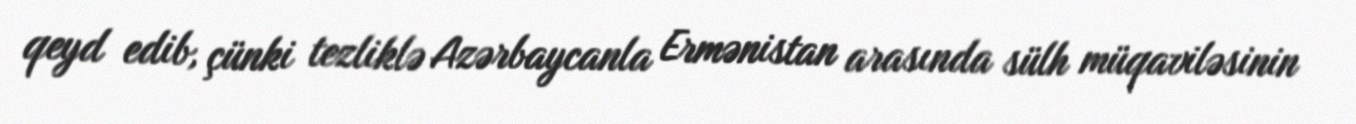
qeyd edib, çünki tezliklə Azərbaycanla Ermənistan arasında sülh müqaviləsinin